Lunatic asylums Burma 1907-21 - 1907-1921
Year: 1907
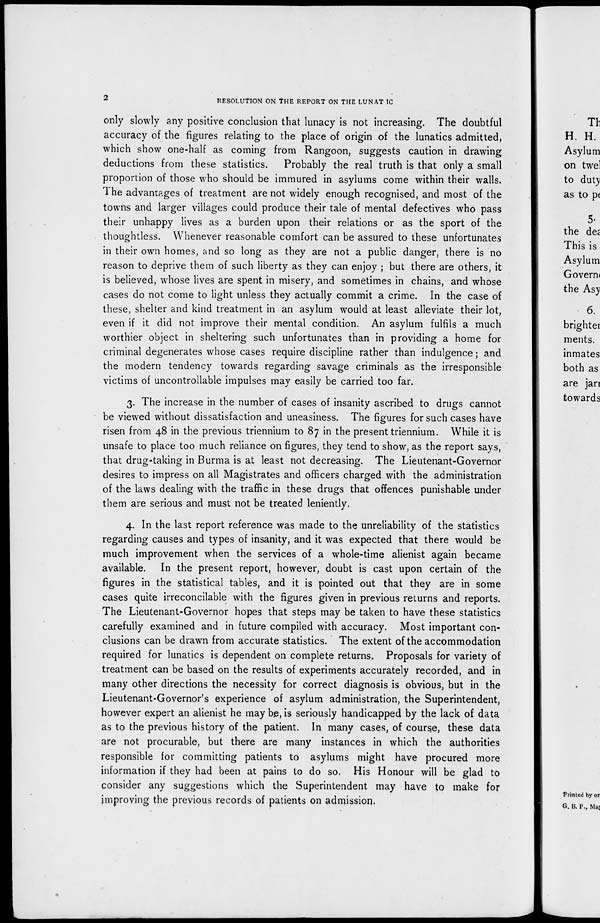
2
RESOLUTION ON THE REPORT ON THE LUNATIC
only slowly any positive conclusion that lunacy is not increasing. The doubtful
accuracy of the figures relating to the place of origin of the lunatics admitted,
which show one-half as coming from Rangoon, suggests caution in drawing
deductions from these statistics. Probably the real truth is that only a small
proportion of those who should be immured in asylums come within their walls.
The advantages of treatment are not widely enough recognised, and most of the
towns and larger villages could produce their tale of mental defectives who pass
their unhappy lives as a burden upon their relations or as the sport of the
thoughtless. Whenever reasonable comfort can be assured to these unfortunates
in their own homes, and so long as they are not a public danger, there is no
reason to deprive them of such liberty as they can enjoy ; but there are others, it
is believed, whose lives are spent in misery, and sometimes in chains, and whose
cases do not come to light unless they actually commit a crime. In the case of
these, shelter and kind treatment in an asylum would at least alleviate their lot,
even if it did not improve their mental condition. An asylum fulfils a much
worthier object in sheltering such unfortunates than in providing a home for
criminal degenerates whose cases require discipline rather than indulgence; and
the modern tendency towards regarding savage criminals as the irresponsible
victims of uncontrollable impulses may easily be carried too far.
3. The increase in the number of cases of insanity ascribed to drugs cannot
be viewed without dissatisfaction and uneasiness. The figures for such cases have
risen from 48 in the previous triennium to 87 in the present triennium. While it is
unsafe to place too much reliance on figures, they tend to show, as the report says,
that drug-taking in Burma is at least not decreasing. The Lieutenant-Governor
desires to impress on all Magistrates and officers charged with the administration
of the laws dealing with the traffic in these drugs that offences punishable under
them are serious and must not be treated leniently.
4. In the last report reference was made to the unreliability of the statistics
regarding causes and types of insanity, and it was expected that there would be
much improvement when the services of a whole-time alienist again became
available. In the present report, however, doubt is cast upon certain of the
figures in the statistical tables, and it is pointed out that they are in some
cases quite irreconcilable with the figures given in previous returns and reports.
The Lieutenant-Governor hopes that steps may be taken to have these statistics
carefully examined and in future compiled with accuracy. Most important con-
clusions can be drawn from accurate statistics. The extent of the accommodation
required for lunatics is dependent on complete returns. Proposals for variety of
treatment can be based on the results of experiments accurately recorded, and in
many other directions the necessity for correct diagnosis is obvious, but in the
Lieutenant-Governor's experience of asylum administration, the Superintendent,
however expert an alienist he may be, is seriously handicapped by the lack of data
as to the previous history of the patient. In many cases, of course, these data
are not procurable, but there are many instances in which the authorities
responsible for committing patients to asylums might have procured more
information if they had been at pains to do so. His Honour will be glad to
consider any suggestions which the Superintendent may have to make for
improving the previous records of patients on admission.